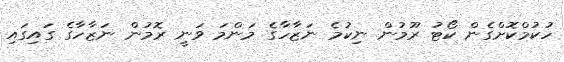
ހުކުމްކޮށްގެން ކޯޓު ރޫމުން ނިކުމެ ނަޒާހާގެ މަންމަ ވަނީ ރޮމުން ނަޒާހާގެ ގައިގައި